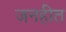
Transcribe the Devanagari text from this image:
जनहीत